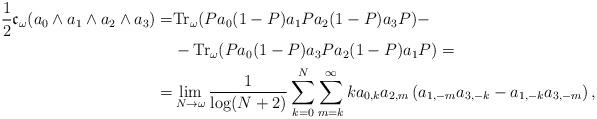
LaTeX: \begin{align*}\frac{1}{2}\mathfrak{c}_\omega(a_0\wedge a_1\wedge a_2\wedge a_3)=&\mathrm{Tr}_\omega(Pa_0(1-P)a_1Pa_2(1-P)a_3P)-\\&-\mathrm{Tr}_\omega(Pa_0(1-P)a_3Pa_2(1-P)a_1P)=\\=&\lim_{N\to \omega} \frac{1}{\log(N+2)}\sum_{k=0}^N \sum_{m=k}^\infty k a_{0,k}a_{2,m}\left(a_{1,-m}a_{3,-k}-a_{1,-k}a_{3,-m}\right),\end{align*}